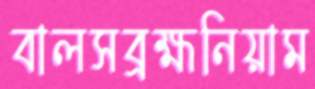
বালসব্রহ্মনিয়াম